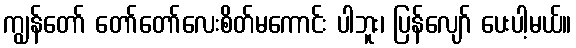
ကျွန်တော် တော်တော်လေးစိတ်မကောင်း ပါဘူး၊ ပြန်လျော် ပေးပါ့မယ်။